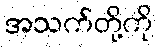
အသက်တို့ကို